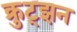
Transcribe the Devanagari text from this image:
क्रुट्झन